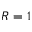
R = 1